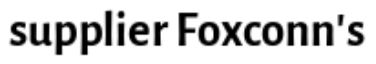
supplier Foxconn's